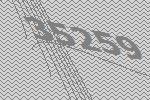
35259